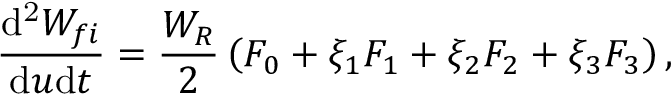
\frac { \mathrm { d ^ { 2 } } W _ { f i } } { \mathrm { d } u \mathrm { d } t } = \frac { W _ { R } } { 2 } \left( F _ { 0 } + \xi _ { 1 } F _ { 1 } + \xi _ { 2 } F _ { 2 } + \xi _ { 3 } F _ { 3 } \right) ,